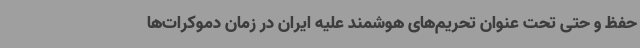
حفظ و حتی تحت عنوان تحریم‌های هوشمند علیه ایران در زمان دموکرات‌ها